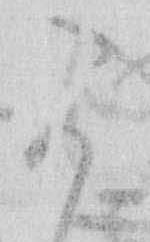
可